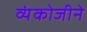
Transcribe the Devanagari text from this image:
व्यंकोजीने